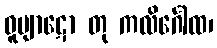
ဓူမျာဋော တု ကလိင်္ဂေါထ၊